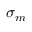
\sigma _ { m }